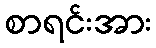
စာရင်းအား